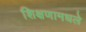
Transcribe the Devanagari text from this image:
शिक्षणामधले